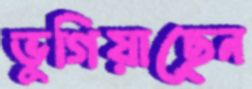
ভুগিয়াছেন